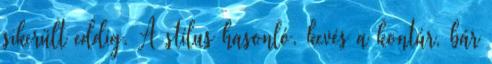
sikerült eddig. A stílus hasonló, kevés a kontúr, bár